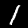
Label: 1